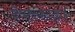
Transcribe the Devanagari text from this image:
दैवतकांड।